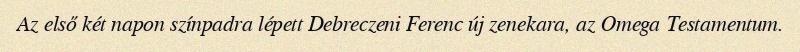
Az első két napon színpadra lépett Debreczeni Ferenc új zenekara, az Omega Testamentum.